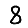
Digit: 8